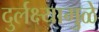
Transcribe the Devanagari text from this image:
दुर्लक्ष्यामुळे